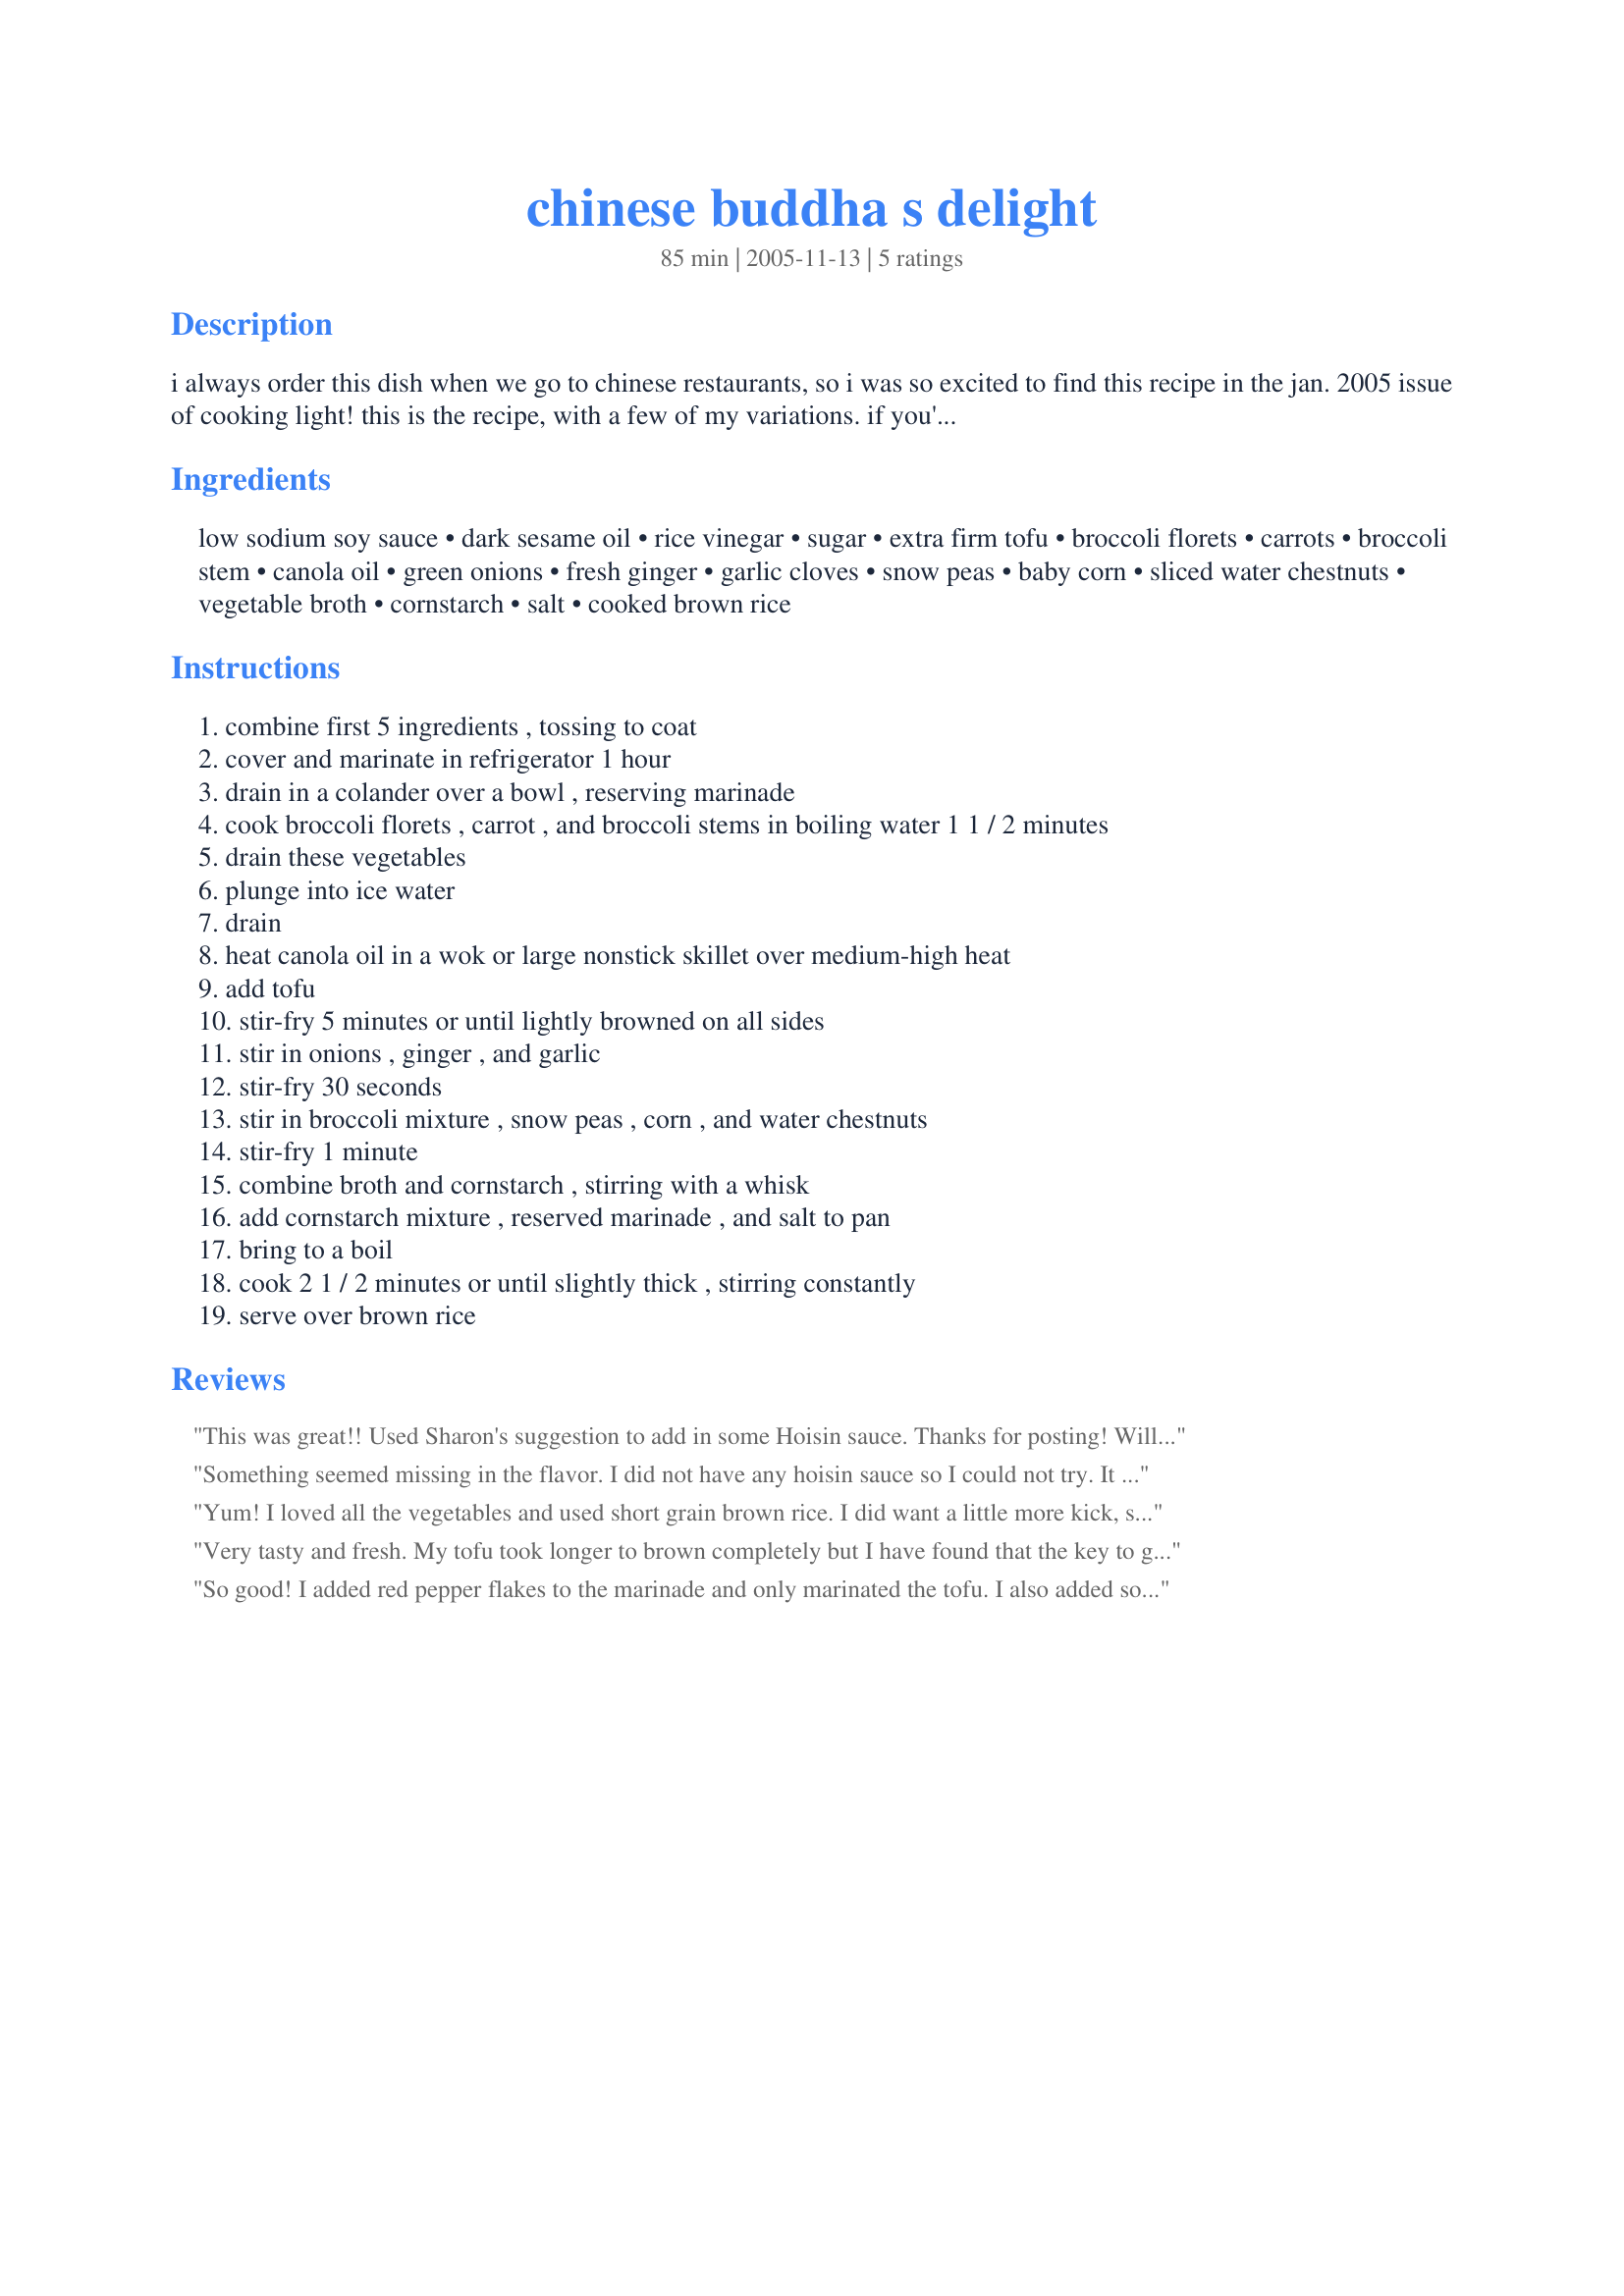
chinese buddha s delight
Preparation time: 85 minutes

i always order this dish when we go to chinese restaurants, so i was so excited to find this recipe in the jan. 2005 issue of cooking light! this is the recipe, with a few of my variations. if you're craving tons of spice, this isn't for you; however, its subtle, healthy flavor is something i quite enjoy. cook time includes marinating time.

(nutrition per serving
calories 378(28% from fat); fat 11.6g (sat 1.6g,mono 4.7g,poly 4.7g); protein 15.8g; cholesterol 0.0mg; calcium 129mg; sodium 698mg; fiber 9.3g; iron 4.4mg; carbohydrate 55.9g)

Ingredients:
low sodium soy sauce, dark sesame oil, rice vinegar, sugar, extra firm tofu, broccoli florets, carrots, broccoli stem, canola oil, green onions, fresh ginger, garlic cloves, snow peas, baby corn, sliced water chestnuts, vegetable broth, cornstarch, salt, cooked brown rice

Steps:
combine first 5 ingredients , tossing to coat
cover and marinate in refrigerator 1 hour
drain in a colander over a bowl , reserving marinade
cook broccoli florets , carrot , and broccoli stems in boiling water 1 1 / 2 minutes
drain these vegetables
plunge into ice water
drain
heat canola oil in a wok or large nonstick skillet over medium-high heat
add tofu
stir-fry 5 minutes or until lightly browned on all sides
stir in onions , ginger , and garlic
stir-fry 30 seconds
stir in broccoli mixture , snow peas , corn , and water chestnuts
stir-fry 1 minute
combine broth and cornstarch , stirring with a whisk
add cornstarch mixture , reserved marinade , and salt to pan
bring to a boil
cook 2 1 / 2 minutes or until slightly thick , stirring constantly
serve over brown rice

Reviews:
This was great!! Used Sharon's suggestion to add in some Hoisin sauce. Thanks for posting! Will be making this again soon!
Something seemed missing in the flavor. I did not have any hoisin sauce so I could not try. It was very good though overall and I like having all the veggies. Thanks!
Yum! I loved all the vegetables and used short grain brown rice. I did want a little more kick, so added about a tbls. of hoisin sauce. Thank you!
Very tasty and fresh. My tofu took longer to brown completely but I have found that the key to getting my family to eat tofu is in the browning so I didn't rush it. Very adaptable recipe that is great for using up all the left over veggies in your fridge. Thanks for sharing!
So good! I added red pepper flakes to the marinade and only marinated the tofu. I also added some haricot verts when I blanched the carrots and broccoli. I didn't use the baby corn as my DH doesn't like it. I also used sugar snap peas rather than snow peas just because we like them better. I think the next time I make this I will try extra firm Tofu although we didn't have a problem with the firm. This is going in my "Tried & True" file. Definite repeater.
